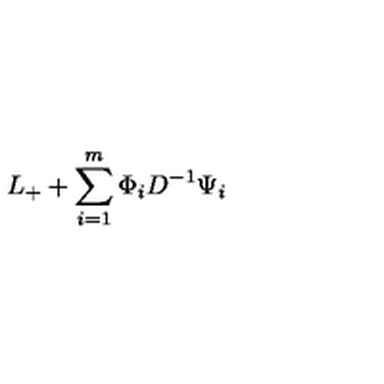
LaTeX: L _ { + } + \sum _ { i = 1 } ^ { m } \Phi _ { i } D ^ { - 1 } \Psi _ { i }